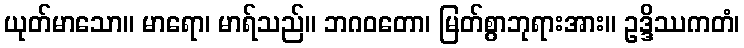
ယုတ်မာသော။ မာရော၊ မာရ်သည်။ ဘဂဝတော၊ မြတ်စွာဘုရားအား။ ဥဒ္ဒိဿကတံ၊